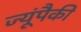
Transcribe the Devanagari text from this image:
ज्यूंपैकी